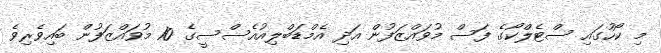
މި ކޯހުގައި ސްޓެލްކޯގެ ފަސް މުވައްޒަފުން އަދި އެމްޑަބްލިއުއެސްސީގެ 10 މުވައްޒަފުން ބައިވެރިވެ